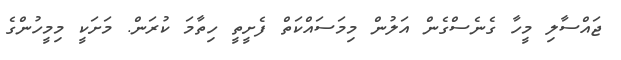
ޖައްސާލި މީހާ ގެެނެސްގެން އަލުން މިމަސައްކަތް ފެށީތީ ހިތާމަ ކުރަން. މަށަކީ މިމީހުންގެ